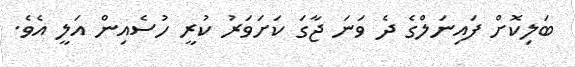
ބަލިކޮށް ފައިނަލްގެ ދެ ވަނަ ޖާގަ ކަށަވަރު ކުރީ ހުސެއިން އަލީ އެވެ.